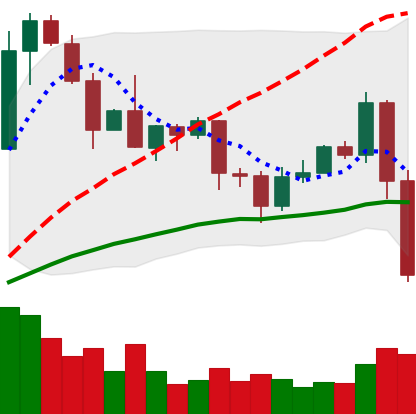
Ticker: EOS-USD
Chart end date: 2020-09-03
Forward return: 4.367%
Label: up_3_5